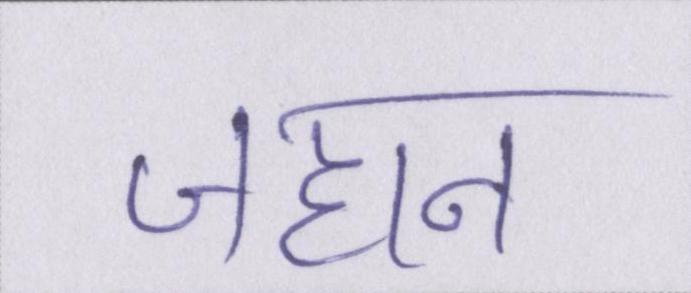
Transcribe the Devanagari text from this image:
जहान